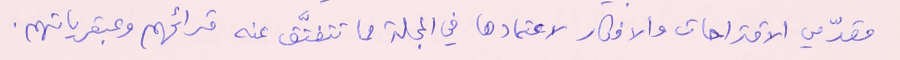
مقدّمي الاقتراحات والافكار لاعتمادها في المجلة مما تتفتَّق عنه قرائهم وعبقرياتهم.